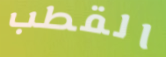
القطب